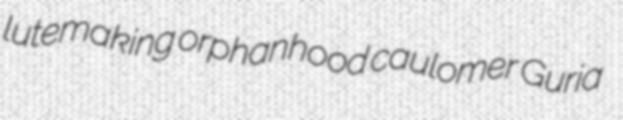
lutemaking orphanhood caulomer Guria